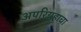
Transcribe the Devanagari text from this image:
अपरिग्रहाचा